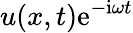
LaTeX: u(x,t)\mathrm{e}^{-\mathrm{i}\omega t}